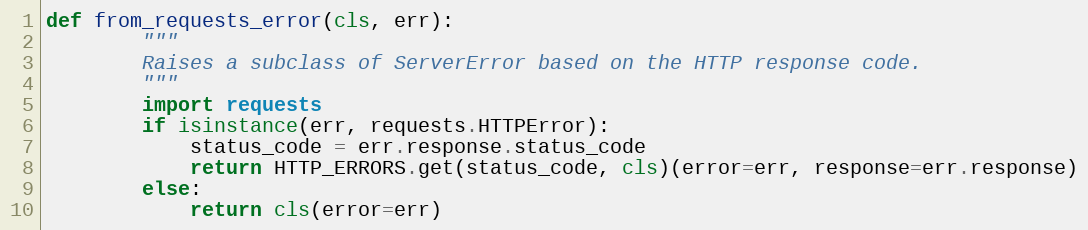
Language: Python
def from_requests_error(cls, err):
        """
        Raises a subclass of ServerError based on the HTTP response code.
        """
        import requests
        if isinstance(err, requests.HTTPError):
            status_code = err.response.status_code
            return HTTP_ERRORS.get(status_code, cls)(error=err, response=err.response)
        else:
            return cls(error=err)